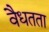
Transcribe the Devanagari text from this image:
वैधतता